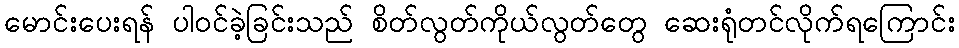
မောင်းပေးရန် ပါဝင်ခဲ့ခြင်းသည် စိတ်လွတ်ကိုယ်လွတ်တွေ ဆေးရုံတင်လိုက်ရကြောင်း